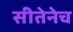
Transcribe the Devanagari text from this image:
सीतेनेच